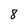
Character: 8